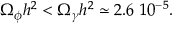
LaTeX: \Omega _ { \phi } h ^ { 2 } < \Omega _ { \gamma } h ^ { 2 } \simeq 2 . 6 \ 1 0 ^ { - 5 } .